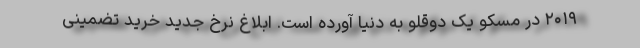
۲۰۱۹ در مسکو یک دوقلو به دنیا آورده است. ابلاغ نرخ جدید خرید تضمینی